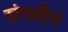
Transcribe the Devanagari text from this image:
संगतीनं